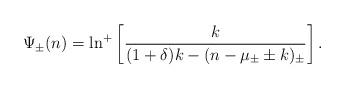
LaTeX: \begin{align*}\Psi_{\pm}(n) = \ln^{+} \left[ \frac{k}{(1+\delta)k - (n - \mu_{\pm}\pm k)_{\pm}} \right].\end{align*}